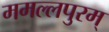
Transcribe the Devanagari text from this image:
ममल्लपुरम्